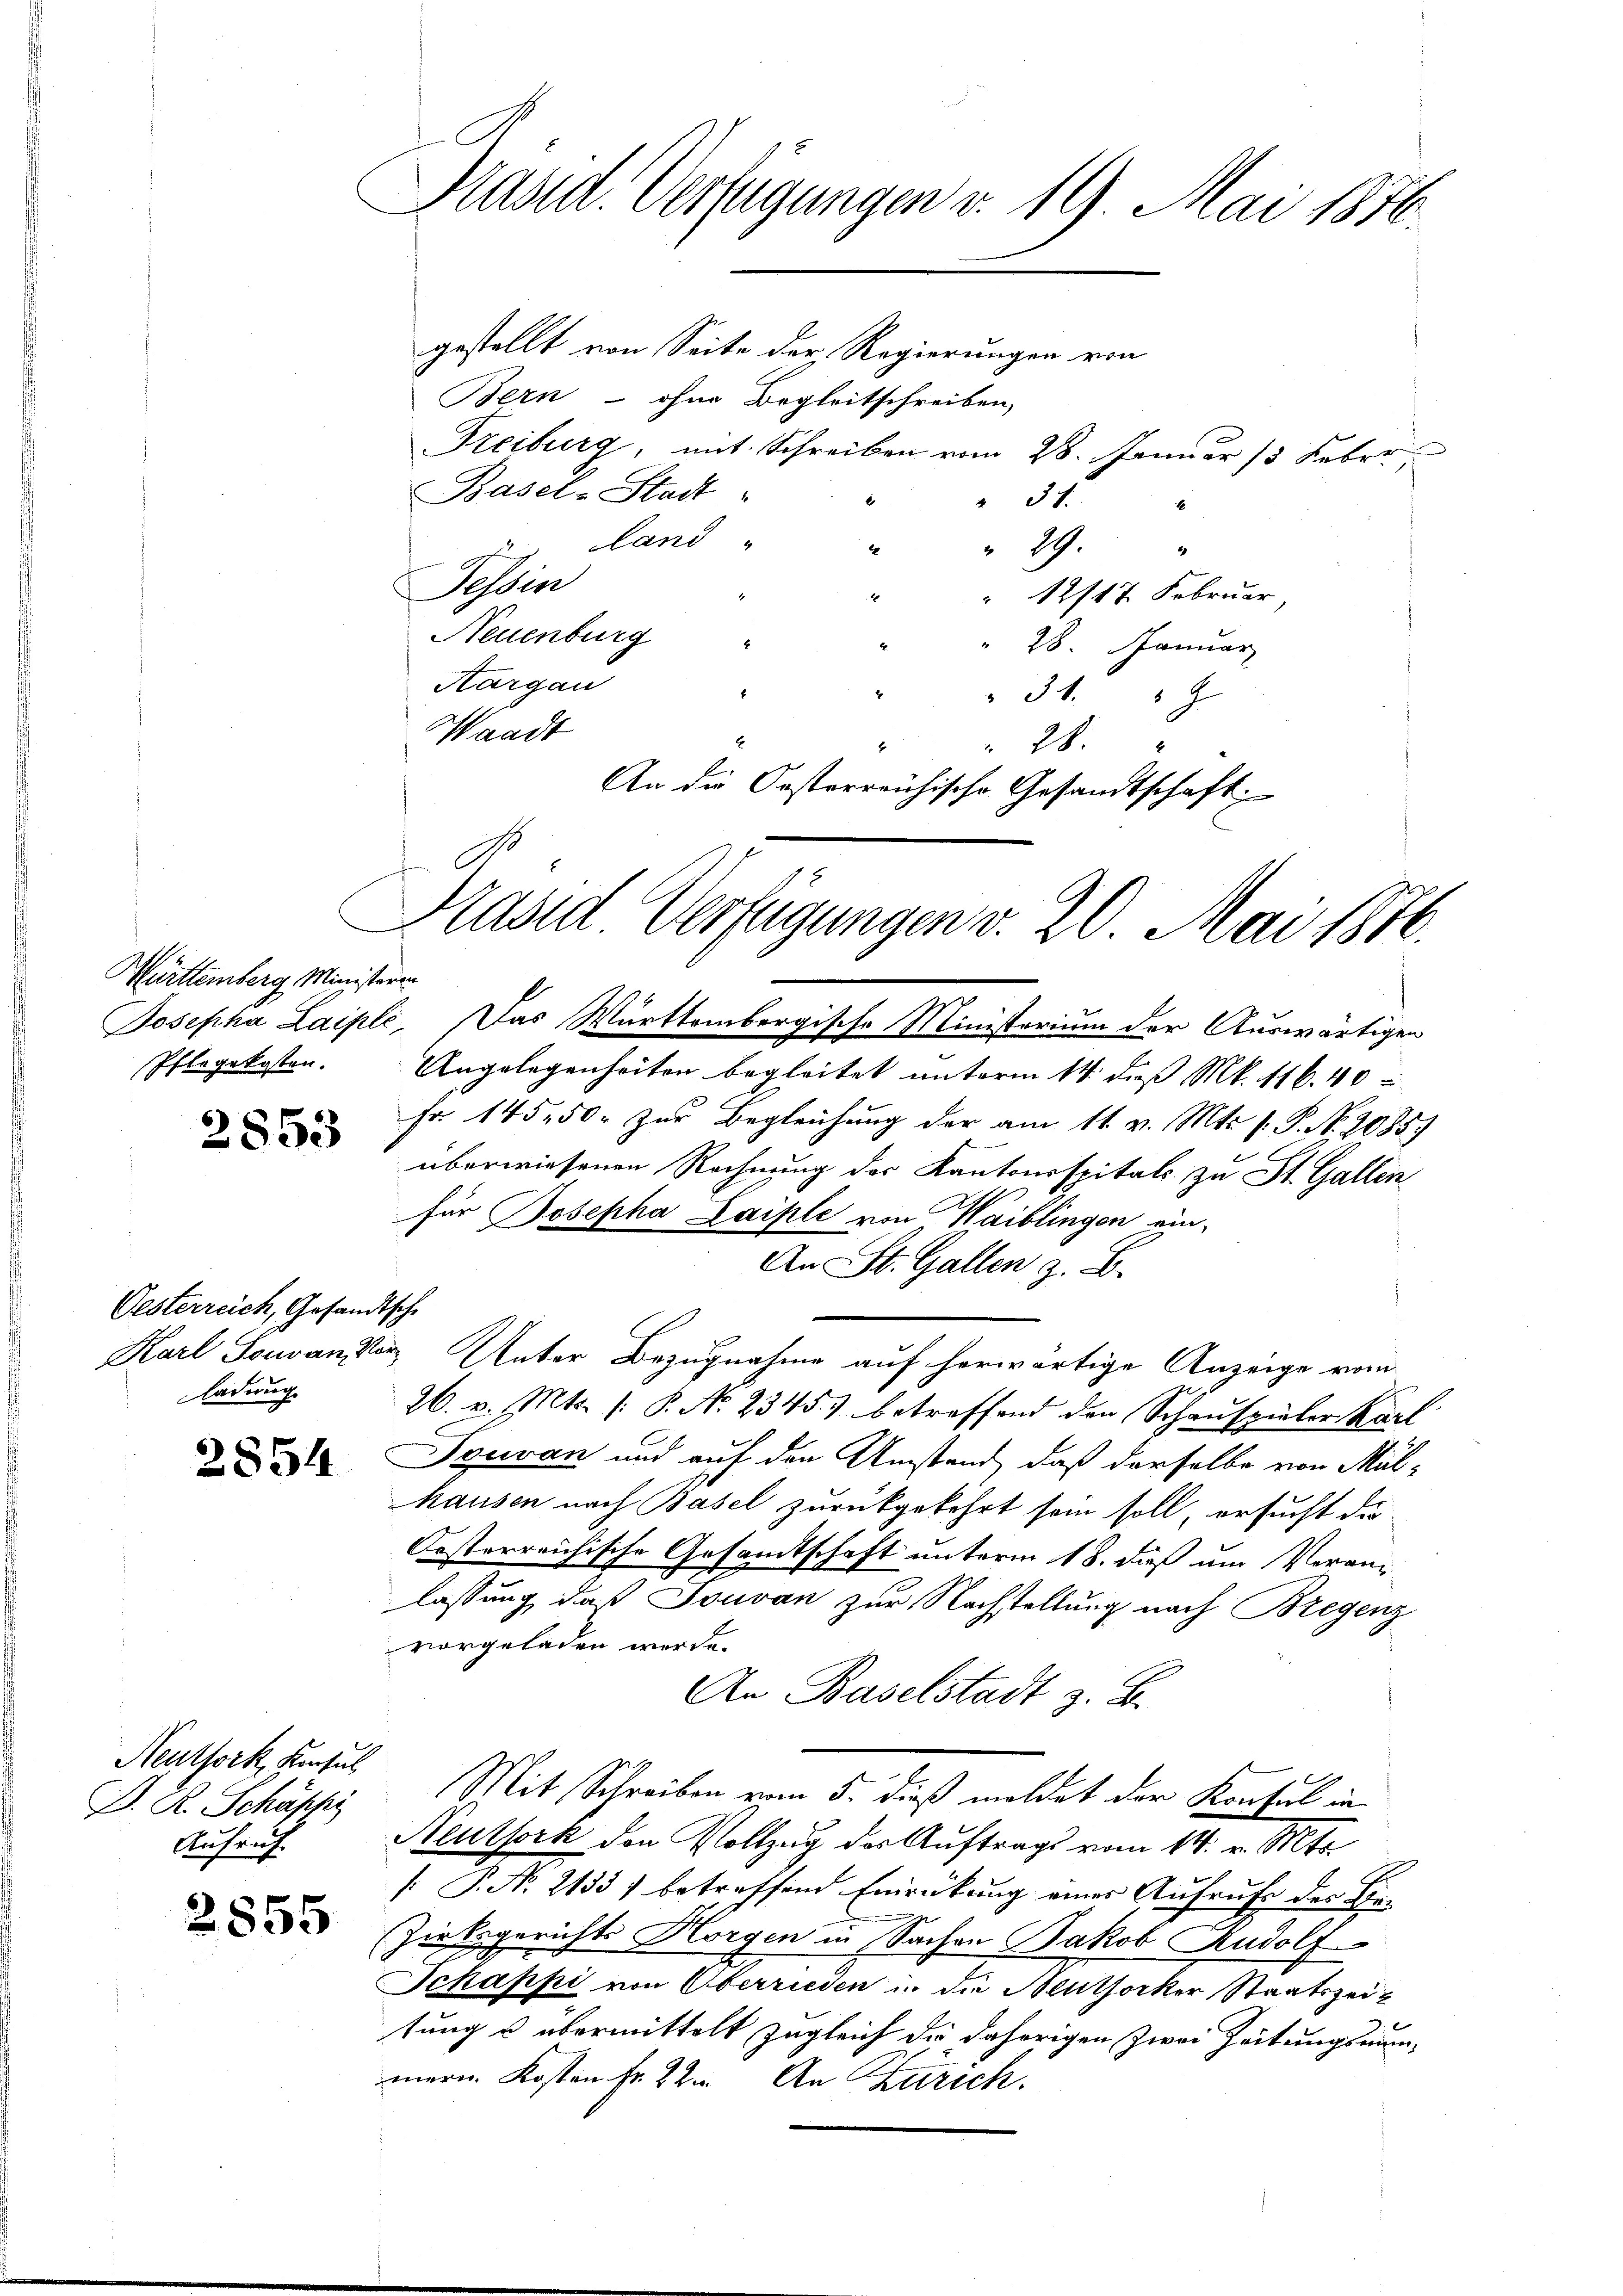
Württemberg Ministeren
Pflegekosten.

2853

Oesterreich, Gesandtsche
ladung

2854

Neuthork, Konsul
D. R. Schöpfer
Aufruf

2855

Präsid. Verfügungen v. 19. Mai 1876.

gestellt von Seite der Regierungen von
Bern - ohne Begleitschreiben,
Freiburg, mit Schreiben vom 28. Januar 13 Feber,
Basel-Stadt
 31.
land
29.
2
Tessin
 12/17 Februar,
4
Neuenburg "
28. Januar
Kargau
E
" " 34. "
Waadt
E
28.
2
An die Oesterreichische Gesandtschaft:

Präsid Verfügungen v. 20. Mai 1872.

Josepha Laiple. Das Württembergische Ministerium der Auswärtigen
Angelegenheiten begleitet unterm 14. daß Mk. 116. 40
Fr. 145, 50. zur Begleichung der am 11. v. Mts. s. P. Nr. 2085)
überwiesenen Rechnung der Kantonsspitals zu St. Gallen
für Josepha Laiple von Waiblingen ein
An St. Gallen z. B.
Karl Souvanvor Unter Bezugnahme auf herwärtige Anzeige vom
26. v. Mts. (: P. N. 2345) betreffend den Schauspieler Karl
Deuvan und auf den Umstand, daß derselbe von Mülhausen nach Basel zurückgekehrt sein soll, ersucht die¬
Oesterreichische Gesandtschaft unterm 18. dieß um Veranlassung, daß Jouvan zur Nachstellung nach Bregenz
vorgeladen werde.
An Baselstadt z. B.
Mit Schreiben vom 5. dieß meldet der Konsul in
Neuthork den Vollzug des Auftrags vom 14. v. Mts
 P. Nr. 2135) betreffend Einrückung eines Aufrufe des Be-
Zirksgerichts Horgen in Sachen Jakob Rudolf
Jchappi von Oberrieden in die Neuthocker Staatszeit
tung u übermittelt zugleich die daherigen Zwei Zeitungsaummern Kosten Fr. 22. An Zürich.

.